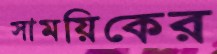
সাময়িকের